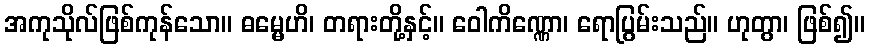
အကုသိုလ်ဖြစ်ကုန်သော။ ဓမ္မေဟိ၊ တရားတို့နှင့်။ ဝေါကိဏ္ဏော၊ ရောပြွမ်းသည်။ ဟုတွာ၊ ဖြစ်၍။